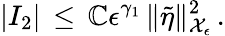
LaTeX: |I_{2}|\, \le\, \mathbb{C}\epsilon^{\gamma_{1}}\, \| \tilde{{\eta}}\| _{\mathcal{{X}}_{\epsilon}}^{2}\, .